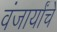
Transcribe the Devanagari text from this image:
वंजार्यांचे